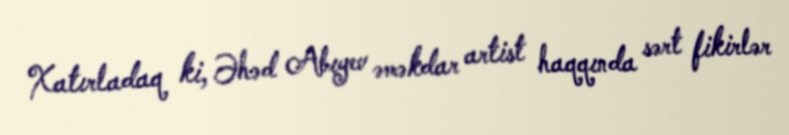
Xatırladaq ki, Əhəd Abıyev əməkdar artist haqqında sərt fikirlər